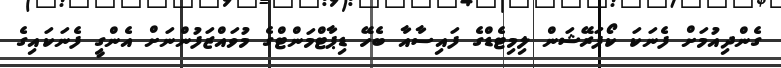
ގެންދިއުމަށް ފެނަކަ ކޯޕަރޭޝަން ލިމިޓެޑްގެ ފައިސާއާ ބެހޭ ޑިޕާޓްމަންޓްގެ މުވައްޒަފުންނަށް އެންގީ ފެނަކައިގެ